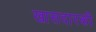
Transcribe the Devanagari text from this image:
खासदारकी